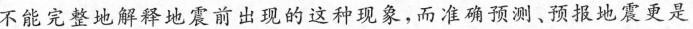
不能完整地解释地震前出现的这种现象，而准确预测、预报地震更是